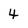
Character: 4